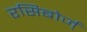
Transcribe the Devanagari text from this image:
रसिबोर्ज्